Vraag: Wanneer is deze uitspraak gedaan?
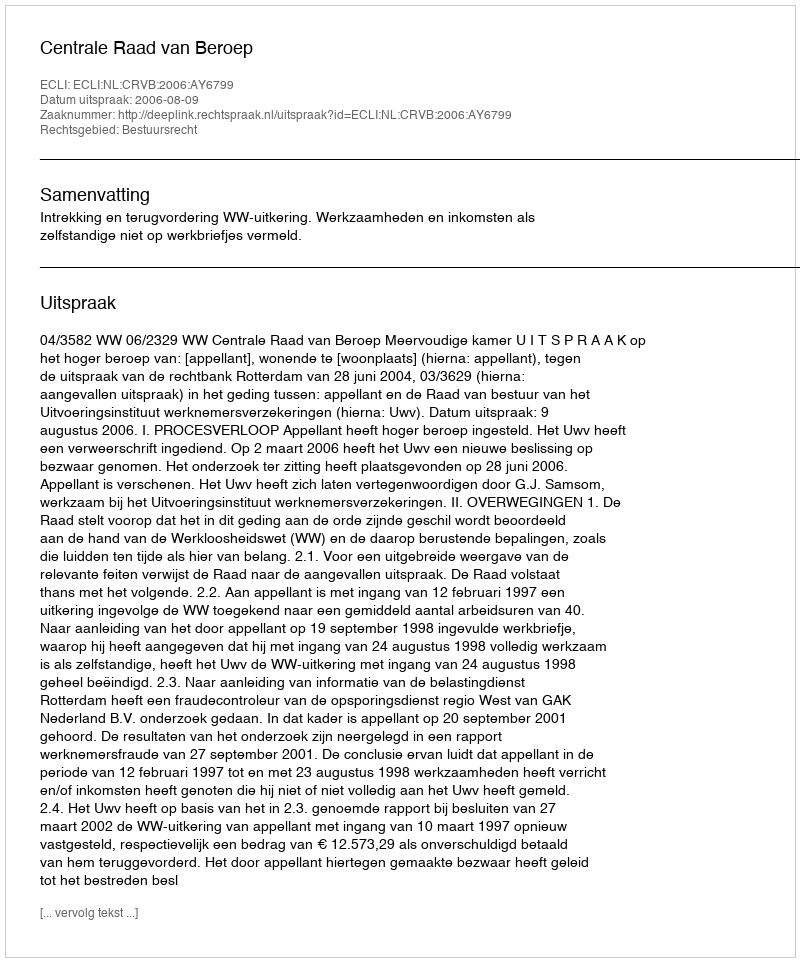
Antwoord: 2006-08-09